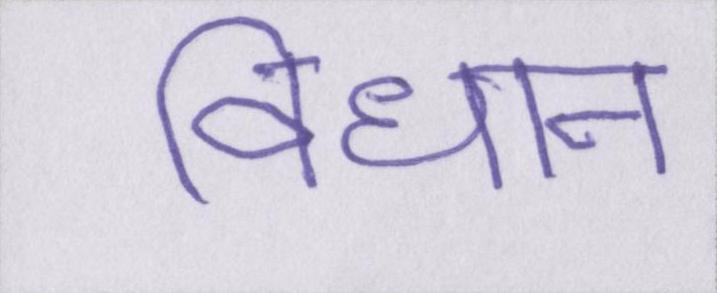
विधान